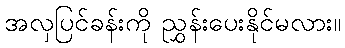
အလှပြင်ခန်းကို ညွှန်းပေးနိုင်မလား။